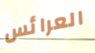
العرائس